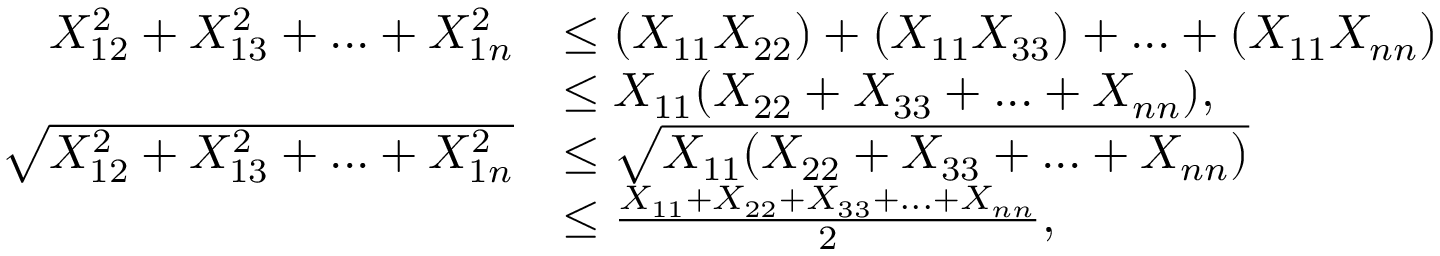
\begin{array} { r l } { X _ { 1 2 } ^ { 2 } + X _ { 1 3 } ^ { 2 } + . . . + X _ { 1 n } ^ { 2 } } & { \leq ( X _ { 1 1 } X _ { 2 2 } ) + ( X _ { 1 1 } X _ { 3 3 } ) + . . . + ( X _ { 1 1 } X _ { n n } ) } \\ & { \leq X _ { 1 1 } ( X _ { 2 2 } + X _ { 3 3 } + . . . + X _ { n n } ) , } \\ { \sqrt { X _ { 1 2 } ^ { 2 } + X _ { 1 3 } ^ { 2 } + . . . + X _ { 1 n } ^ { 2 } } } & { \leq \sqrt { X _ { 1 1 } ( X _ { 2 2 } + X _ { 3 3 } + . . . + X _ { n n } ) } } \\ & { \leq \frac { X _ { 1 1 } + X _ { 2 2 } + X _ { 3 3 } + . . . + X _ { n n } } { 2 } , } \end{array}